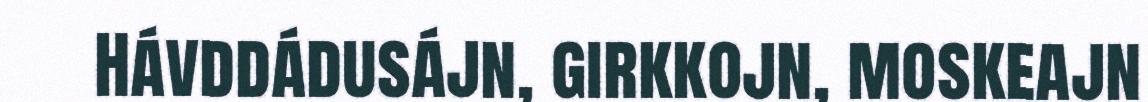
Hávddádusájn, girkkojn, moskeajn